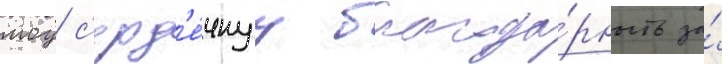
моу с'ерд'е́чнуу благода́рность за́